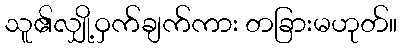
သူ၏လျှို့ဝှက်ချက်ကား တခြားမဟုတ်။